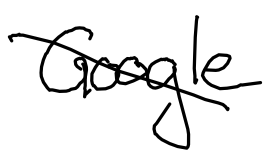
Text: Google
Cross-out: diagonal
Writing tool: digital_black